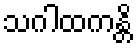
သဂါထကန္တိ